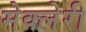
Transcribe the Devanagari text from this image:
मेक्लेरी